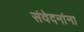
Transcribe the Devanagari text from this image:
संवेदनांना